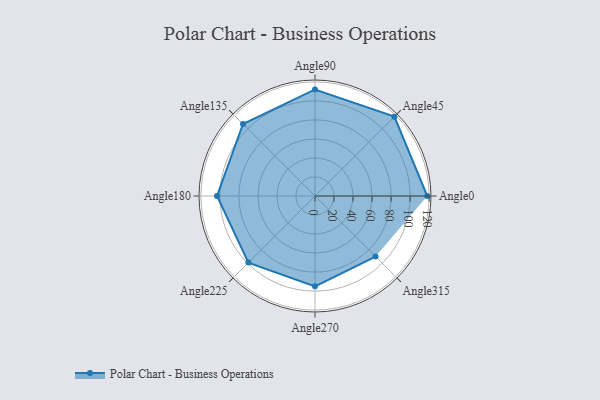
{"axis": {"x": "Angle", "y": "Radius"}, "legend": [""], "data": [{"x": "Angle0", "y": 118.0, "type": ""}, {"x": "Angle45", "y": 118.0, "type": ""}, {"x": "Angle90", "y": 112.0, "type": ""}, {"x": "Angle135", "y": 107.0, "type": ""}, {"x": "Angle180", "y": 103.0, "type": ""}, {"x": "Angle225", "y": 99.0, "type": ""}, {"x": "Angle270", "y": 95.0, "type": ""}, {"x": "Angle315", "y": 90.0, "type": ""}]}